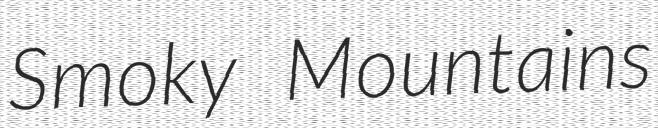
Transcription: Smoky Mountains